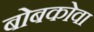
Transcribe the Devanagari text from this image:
बोबकोवा